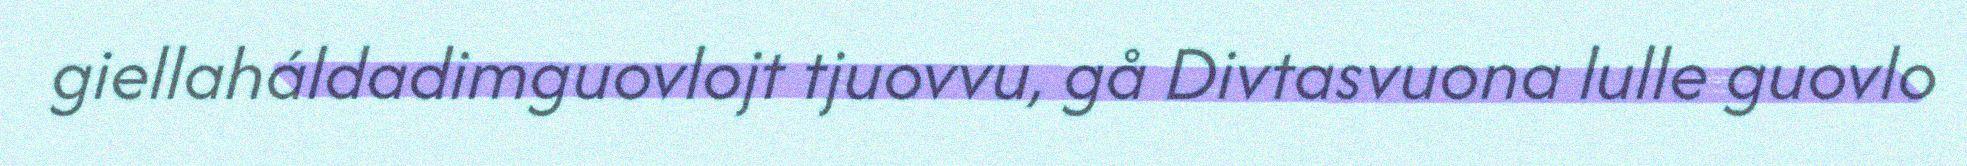
giellaháldadimguovlojt tjuovvu, gå Divtasvuona lulle guovlo